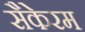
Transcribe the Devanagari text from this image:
सैकेरम